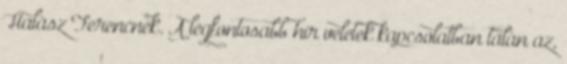
Halász Ferencnek. A legfontosabb hír veletek kapcsolatban talán az,